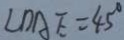
\angle D A E = 4 5 ^ { \circ }